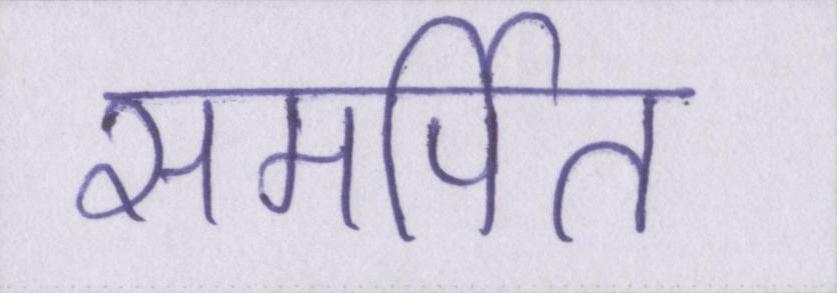
समर्पित